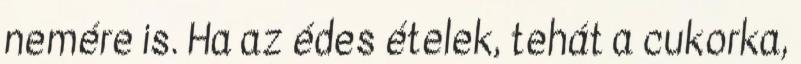
nemére is. Ha az édes ételek, tehát a cukorka,